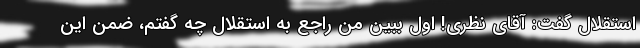
استقلال گفت: آقای نظری! اول ببین من راجع به استقلال چه گفتم، ضمن این